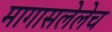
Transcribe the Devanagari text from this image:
मागासलेलेच